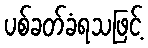
ပစ်ခတ်ခံရသဖြင့်